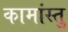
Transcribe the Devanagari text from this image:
कामांस्तु